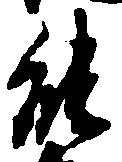
能